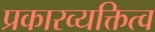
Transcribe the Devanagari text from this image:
प्रकारव्यक्तित्व